Report on malaria in the Punjab during the year ...  together with an account of the work of the Punjab Malaria Bureau - Volume 5
Disease focus: Malaria
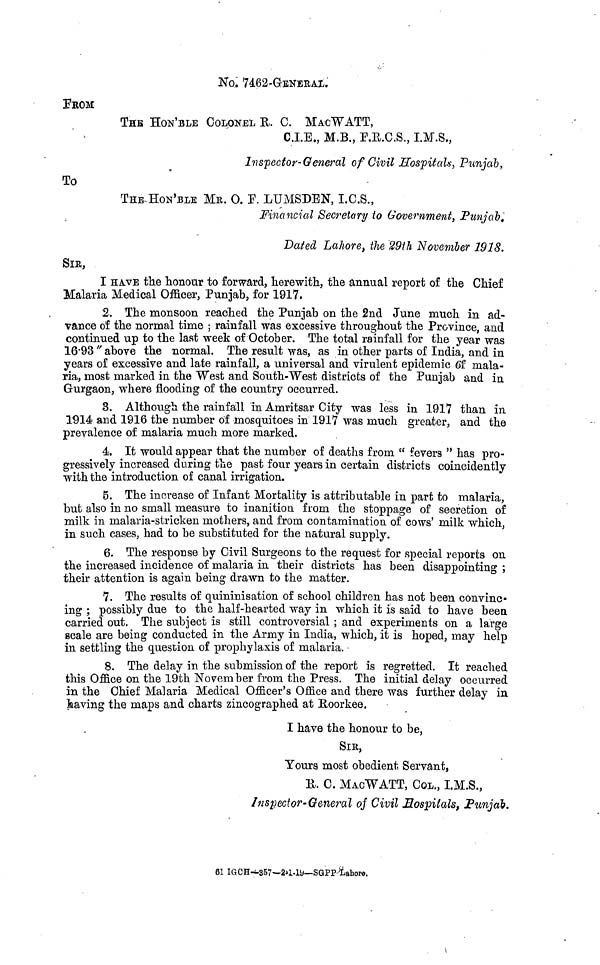
No. 7462-GENERAL.'
FROM
THE HON'BLE COLONEL R. C. MACWATT,
C.I.E., M.B., F.R.O.S., I.M.S.,
Inspector-General of Civil Hospitals, Punjab,
To
THE-HON'BLE MR. O. F. LUMSDEN, I.C.S.,
Financial Secretary to Government, Punjab.
Dated Lahore, the 29th November 1918.
SIR,
I HAVE the honour to forward, herewith, the annual report of the Chief
Malaria Medical Officer, Punjab, for 1917.
2. The monsoon reached the Punjab on the 2nd June much in ad-
vance of the normal time ; rainfall was excessive throughout the Province, and
continued up to the last week of October. The total rainfall for the year was
1693 " above the normal. The result was, as in other parts of India, and in
years of excessive and late rainfall, a universal and virulent epidemic of mala-
ria, most marked in the West and South-West districts of the Punjab and in
Gurgaon, where flooding of the country occurred.
3. Although the rainfall in Amritsar City was less in 1917 than in
1914 and 1916 the number of mosquitoes in 1917 was much greater, and the
prevalence of malaria much more marked.
4. It would appear that the number of deaths from " fevers " has pro-
gressively increased during the past four years in certain districts coincidently
with the introduction of canal irrigation.
5. The increase of Infant Mortality is attributable in part to malaria,
but also in no small measure to inanition from the stoppage of secretion of
milk in malaria-stricken mothers, and from contamination of cows' milk which,
in such cases, had to be substituted for the natural supply.
6. The response by Civil Surgeons to the request for special reports on
the increased incidence of malaria in their districts has been disappointing ;
their attention is again being drawn to the matter.
7. The results of quininisation of school children has not been convinc-
ing ; possibly due to the half-hearted way in which it is said to have been
carried out. The subject is still controversial ; and experiments on a large
scale are being conducted in the Army in India, which, it is hoped, may help
in settling the question of prophylaxis of malaria.
8. The delay in the submission of the report is regretted. It reached
this Office on the 19th November from the Press. The initial delay occurred
in the Chief Malaria Medical Officer's Office and there was further delay in
having the maps and charts zincographed at Roorkee.
I have the honour to be,
SIR,
Yours most obedient Servant,
R. C. MACWATT, COL., I.M.S.,
Inspector-General of Civil Hospitals, Punjab.
61 IGCH—357—2.1.19—SGPP-Lahore..